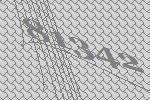
81342